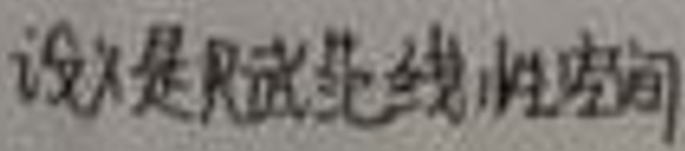
设\(X\)是赋范线性空间